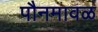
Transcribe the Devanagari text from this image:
पौनमावळ